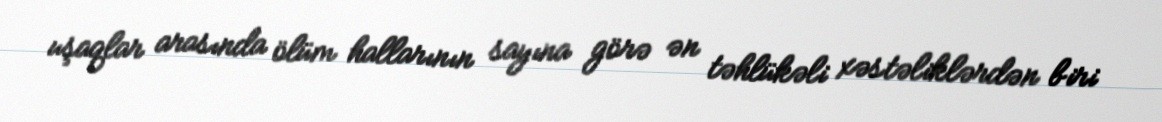
uşaqlar arasında ölüm hallarının sayına görə ən təhlükəli xəstəliklərdən biri